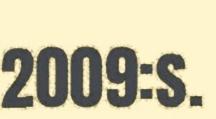
2009:s.